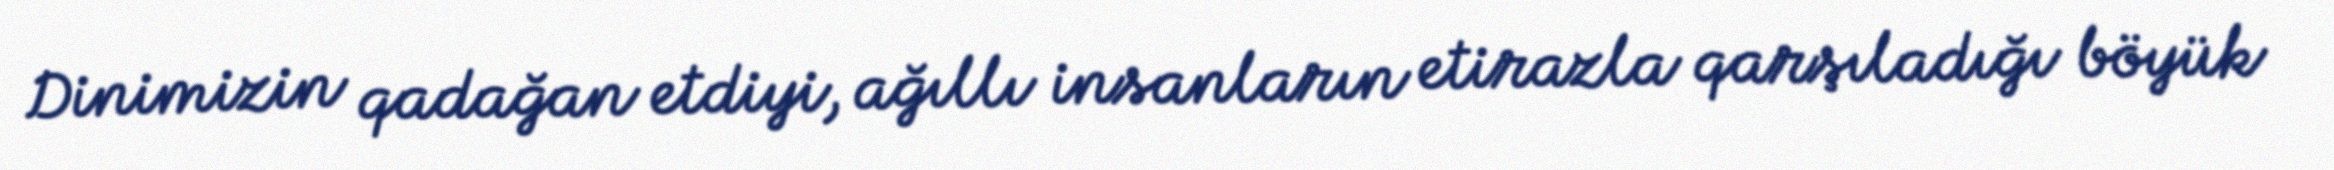
Dinimizin qadağan etdiyi, ağıllı insanların etirazla qarşıladığı böyük